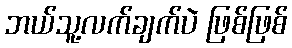
ဘယ်သူ့လက်ချက်ပဲ ဖြစ်ဖြစ်